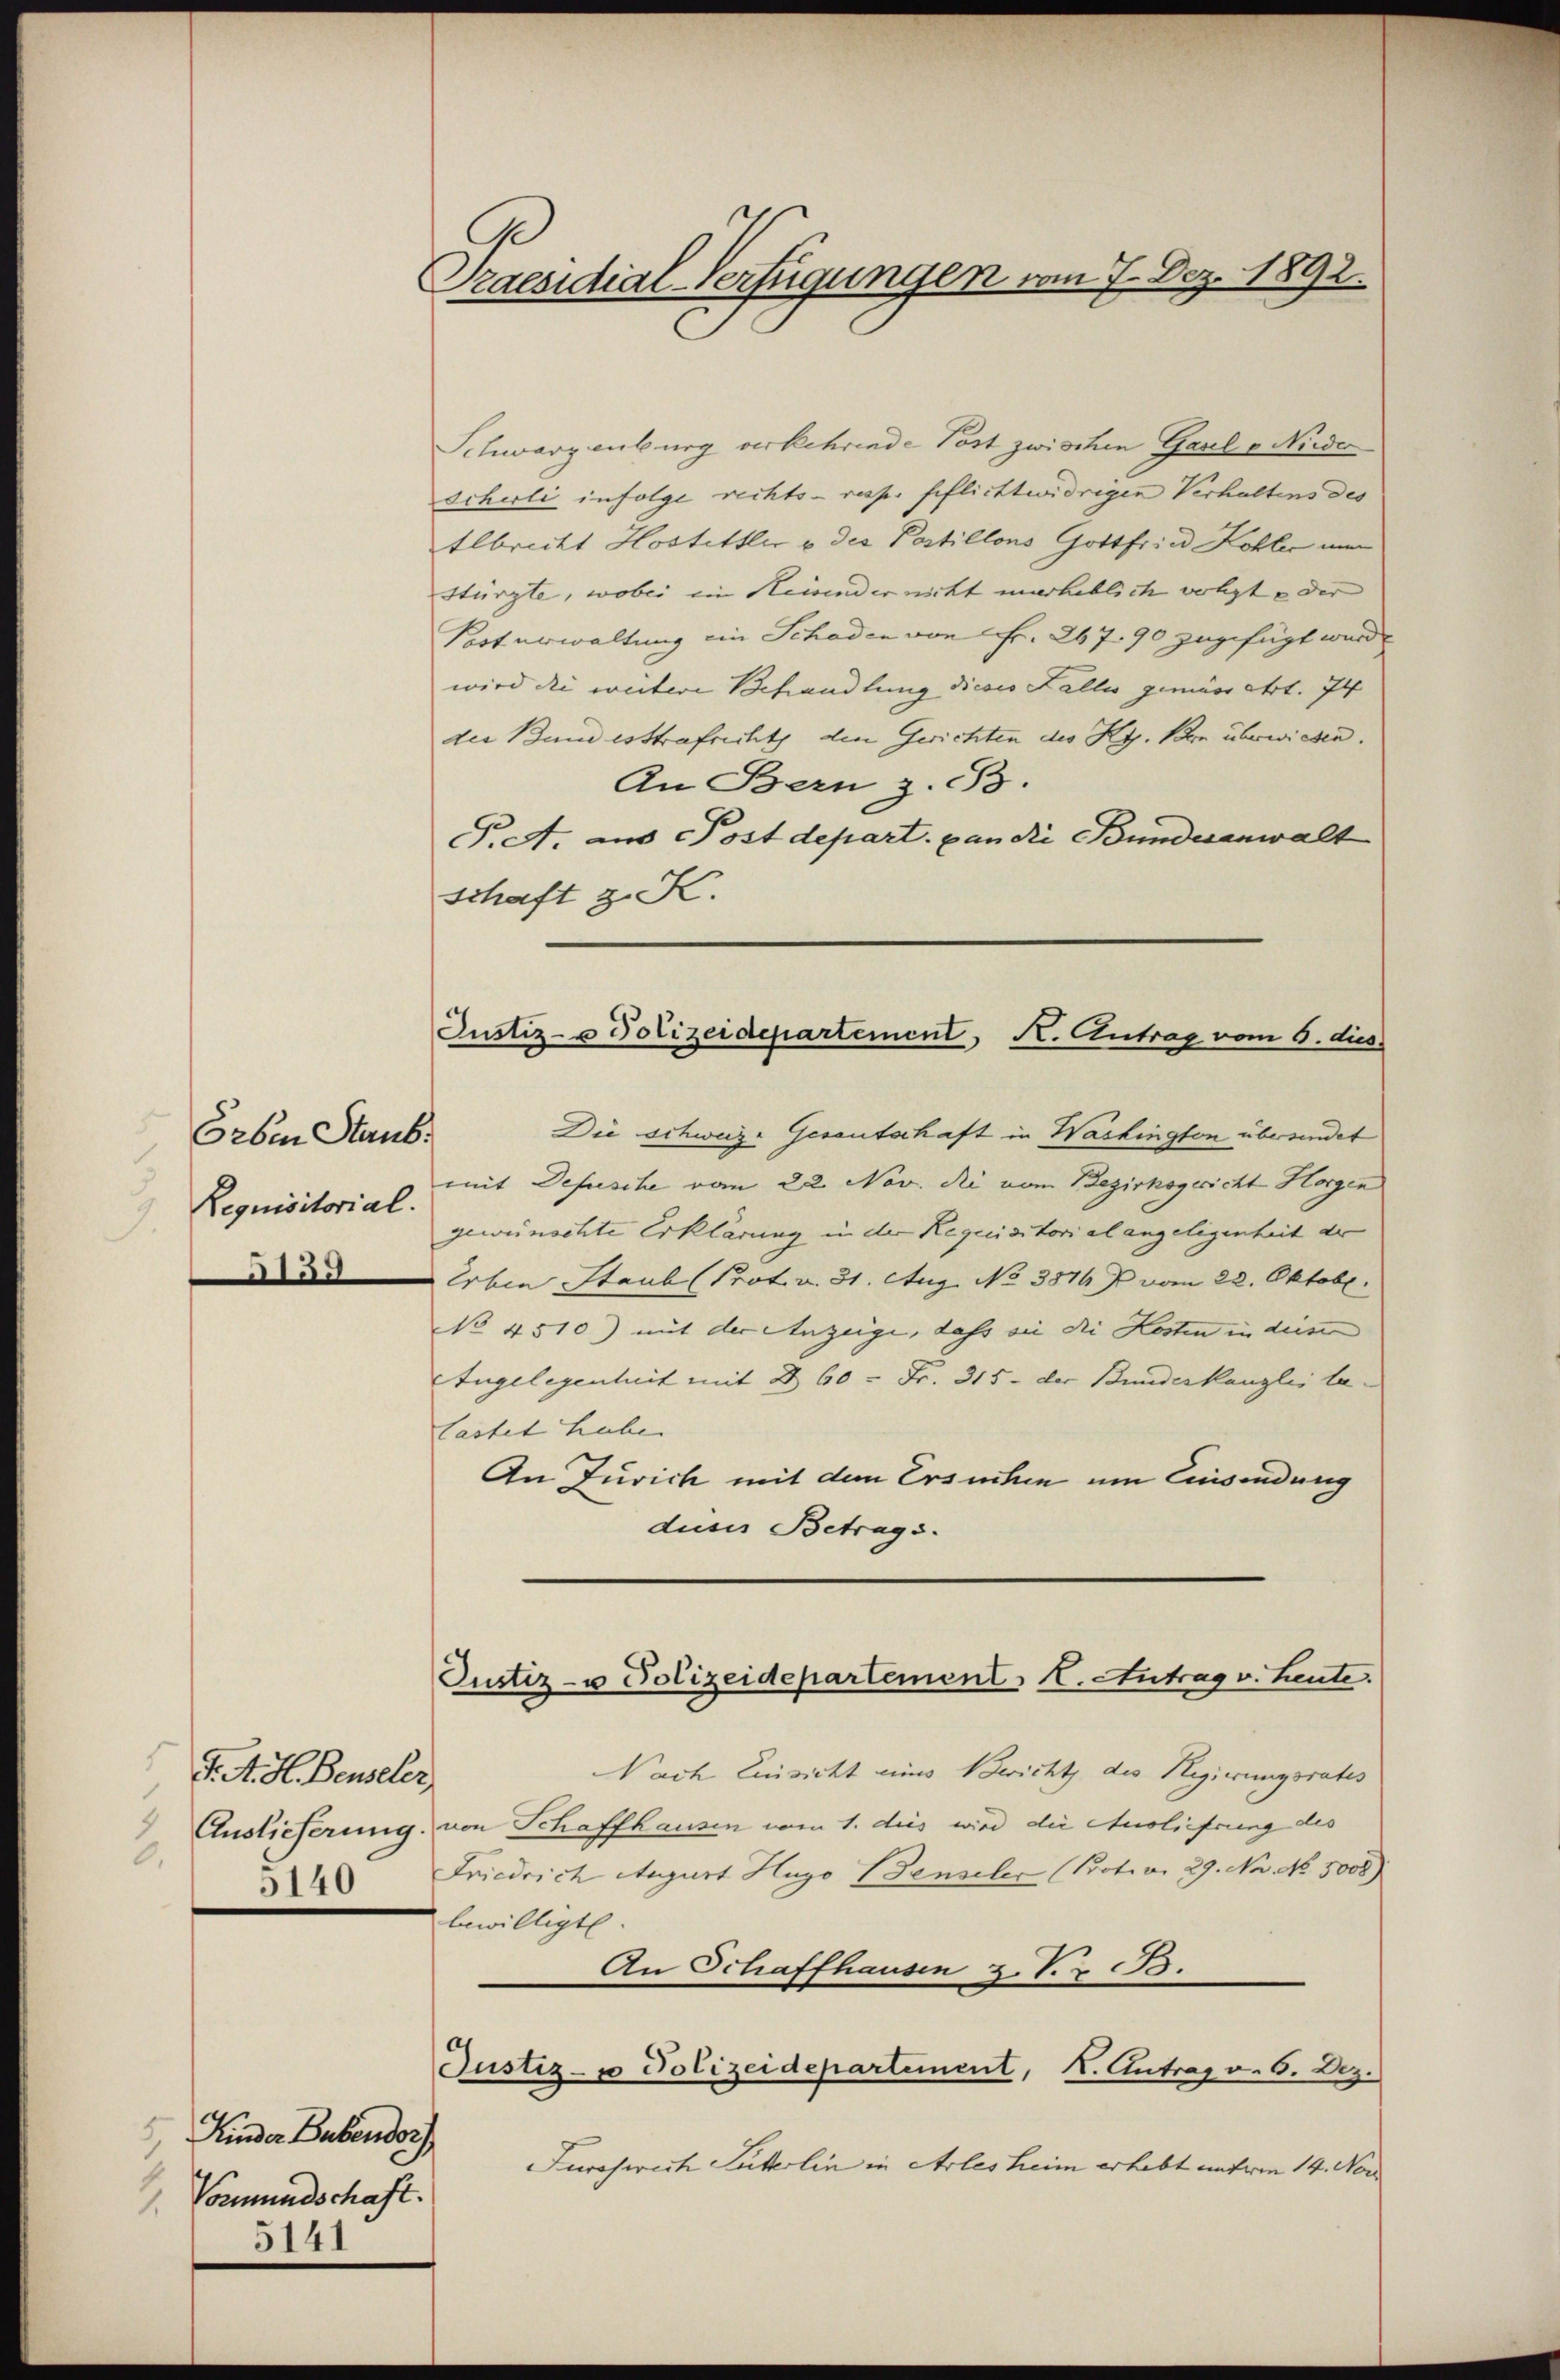
Erben Staub
Requisitorial.
155

s
t. A. H. Besseler
.
5140

Kinder Bubendorf
Vormundschaft.
2.
5141

Praesidial-Verfügungen vom 7. Dez. 1892.

Schwarzenburg verkehrende Post zwischen Gasel u Nieder
Scherli infolge rechts- resp. geflichtwidrigen Verhaltens des
tlbricht Hostettler u des Postillons Gottfried Kohler nun
stürzte, wobei ein Keisender nicht unerheblich volgte der
Port erwaltung ein Schaden von Fr. 267. 90 zugefügt wurde
wird die weitere Behandlung dieses Falle gemäss Art. 74
der Bundesstrafricht den Gerichten des Ky. Bon überwiesen.
An Bern z. B.
P.A. aus Postdepart. pan die Bundesanwalt
Schaft z. S.

Justiz- u Polizeidepartement N. Antrag vom 5. dies

Justiz- u Polizeidepartement l. Antrag v. Leute.

Die schweize Gesantschaft in Washington übersendet
mit Defusche vom 22. Nov. die vom Bezirksgericht Horgen
gewünschte Erklärung in der Requisitorial angelegenheit der
Erben Staub (Prot. v. 31. Aug. No 3814 J. vom 22. Oktobr.
No 4510) mit der Anzeige, dass sie die Kosten in dies
Angelegenheit mit § 60 - Fr. 315. der Bundeskanzlei la
lastet habe.
An Jurich mit dem Ersuchen um Einsendung
dieser Betrags.

Nach Einsicht eines Bericht des Regierungsrates
Auslieferung von Schaffhausen vom 1. dies wird die Auslieferung des
Friedrich August Hugo Benseler (Proten 29. No. No. 5008)
bewilligt
An Schaffhausen z. V. z. B.
Justiz- & Polizeidepartement, I. Antrag v. 6. Dez.
Furoserich Sutterlin in Arles heim erhebt unterm 14. Nor